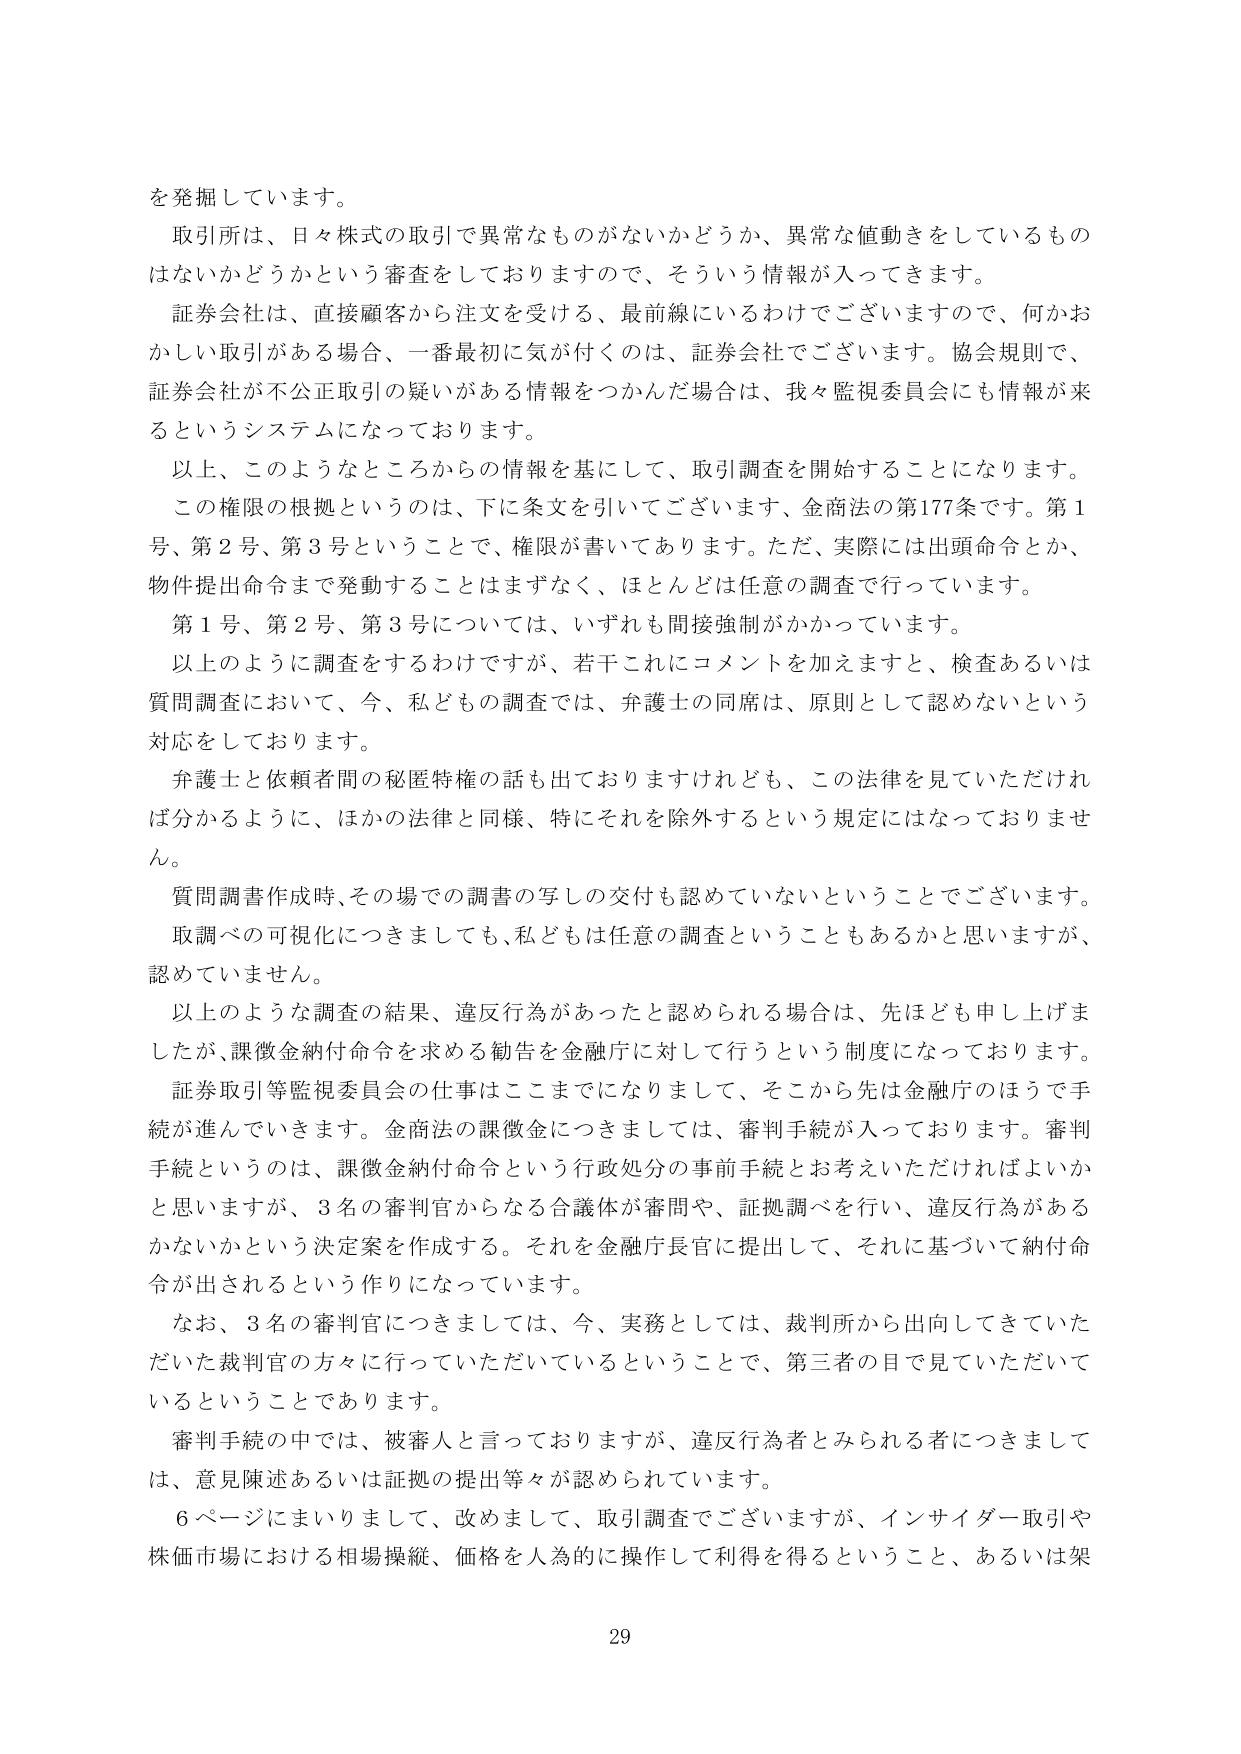
を発掘しています。

取引所は、日々株式の取引で異常なものがないかどうか、異常な値動きをしているものはないかどうかという審査をしておりますので、そういう情報が入ってきます。

証券会社は、直接顧客から注文を受ける、最前線にいるわけでございますので、何かおかしい取引がある場合、一番最初に気が付くのは、証券会社でございます。協会規則で、証券会社が不公正取引の疑いがある情報をつかんだ場合は、我々監視委員会にも情報が来るというシステムになっております。

以上、このようなところからの情報を基にして、取引調査を開始することになります。

この権限の根拠というのは、下に条文を引いてございます、金商法の第177条です。第1号、第2号、第3号ということで、権限が書いてあります。ただ、実際には出頭命令とか、物件提出命令まで発動することはまずなく、ほとんどは任意の調査で行っています。

第1号、第2号、第3号については、いずれも間接強制がかかっています。

以上のように調査をするわけですが、若干これにコメントを加えますと、検査あるいは質問調査において、今、私どもの調査では、弁護士の同席は、原則として認めないという対応をしております。

弁護士と依頼者間の秘匿特権の話も出ておりますけれども、この法律を見ていただければ分かるように、ほかの法律と同様、特にそれを除外するという規定にはなっておりません。

質問調書作成時、その場での調書の写しの交付も認めていないということでございます。

取調べの可視化につきましても、私どもは任意の調査ということもあるかと思いますが、認めていません。

以上のような調査の結果、違反行為があったと認められる場合は、先ほども申し上げましたが、課徴金納付命令を求める勧告を金融庁に対して行うという制度になっております。

証券取引等監視委員会の仕事はここまでになりまして、そこから先は金融庁のほうで手続が進んでいきます。金商法の課徴金につきましては、審判手続が入っております。審判手続というのは、課徴金納付命令という行政処分の事前手続とお考えいただければよいかと思いますが、3名の審判官からなる合議体が審問や、証拠調べを行い、違反行為があるかないかという決定案を作成する。それを金融庁長官に提出して、それに基づいて納付命令が出されるという作りになっています。

なお、3名の審判官につきましては、今、実務としては、裁判所から出向してきていただいた裁判官の方々に行っていただいているということで、第三者の目で見ていただいているということであります。

審判手続の中では、被審人と言っておりますが、違反行為者とみられる者につきましては、意見陳述あるいは証拠の提出等々が認められています。

6ページにまいりまして、改めまして、取引調査でございますが、インサイダー取引や株価市場における相場操縦、価格を人為的に操作して利得を得るということ、あるいは架

29